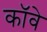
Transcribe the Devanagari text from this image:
कॉवे